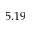
5 . 1 9